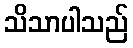
သိသာပါသည်